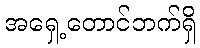
အရှေ့တောင်ဘက်ရှိ